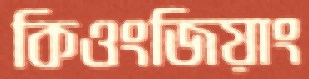
কিওংজিয়াং